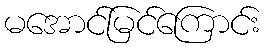
မအောင်မြင်ကြောင်း